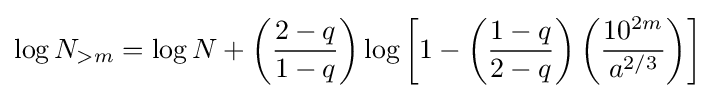
\log N_{>m}=\log N+\left({\frac {2-q}{1-q}}\right)\log \left[1-\left({\frac {1-q}{2-q}}\right)\left({\frac {10^{2m}}{a^{2/3}}}\right)\right]